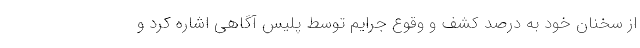
از سخنان خود به درصد کشف و وقوع جرایم توسط پلیس آگاهی اشاره کرد و